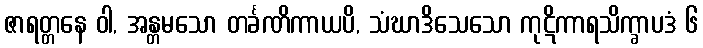
ဇာရတ္တနေ ဝါ, အန္တမသော တင်္ခဏိကာယပိ, သံဃာဒိသေသော ကုဋိကာရသိက္ခာပဒံ ၆